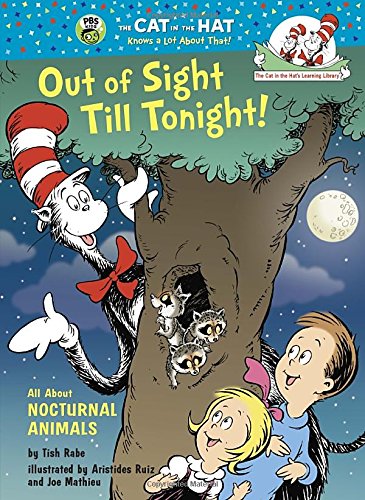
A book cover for Out of Sight Till Tonight!: All About Nocturnal Animals (Cat in the Hat's Learning Library); Tish Rabe; Children's Books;